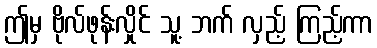
ဤမှ ဗိုလ်ဖုန်းလှိုင် သူ့ ဘက် လှည့် ကြည့်ကာ